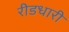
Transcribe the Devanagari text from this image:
रीडधारी